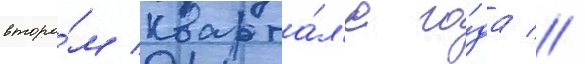
второ́м кварта́л'е го́да //